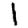
Digit: 1